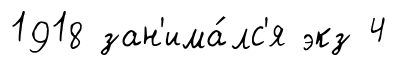
1918 зан'има́лс'я экз 4